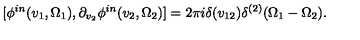
[ \phi ^ { i n } ( v _ { 1 } , \Omega _ { 1 } ) , \partial _ { v _ { 2 } } \phi ^ { i n } ( v _ { 2 } , \Omega _ { 2 } ) ] = 2 \pi i \delta ( v _ { 1 2 } ) \delta ^ { ( 2 ) } ( \Omega _ { 1 } - \Omega _ { 2 } ) .